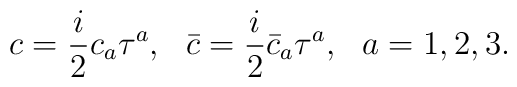
c=  \frac{i}{2} c_a \tau^{a}, ~~    \bar{c} = \frac{i}{2} \bar{c}_a \tau^{a}, ~~ a=1,2,3 .